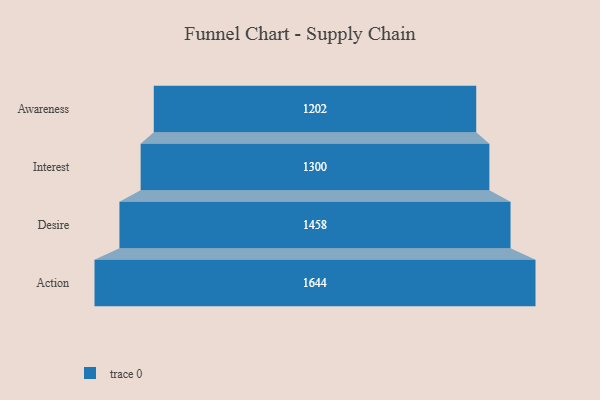
{"axis": {"x": "Stage", "y": "Value"}, "legend": [""], "data": [{"x": "Awareness", "y": 1202.0, "type": ""}, {"x": "Interest", "y": 1300.0, "type": ""}, {"x": "Desire", "y": 1458.0, "type": ""}, {"x": "Action", "y": 1644.0, "type": ""}]}